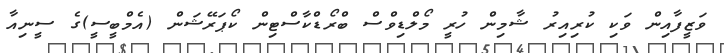
ވަޒީފާއިން ވަކި ކުރިއިރު ޝާމިން ހުރީ މޯލްޑިވްސް ބްރޯޑްކާސްޓިން ކޯޕަރޭޝަން (އެމްބީސީ)ގެ ސީނިއާ